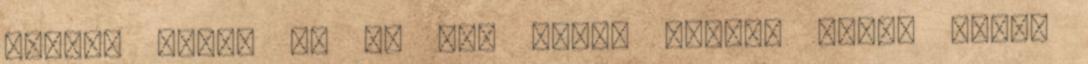
Hiszek egy.? És ha van akkor hogyan szól. Másik